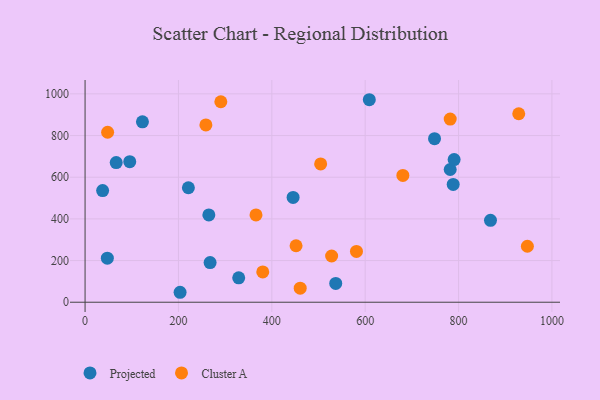
{"axis": {"x": "Engine Size", "y": "Exam Score"}, "legend": ["Cluster A", "Projected"], "data": [{"x": "788.5", "y": 565.6, "type": "Projected"}, {"x": "748.5", "y": 785.1, "type": "Projected"}, {"x": "122.9", "y": 866.1, "type": "Projected"}, {"x": "536.9", "y": 90.5, "type": "Projected"}, {"x": "329.1", "y": 117.1, "type": "Projected"}, {"x": "265.1", "y": 419.0, "type": "Projected"}, {"x": "608.8", "y": 972.0, "type": "Projected"}, {"x": "66.7", "y": 670.3, "type": "Projected"}, {"x": "267.8", "y": 190.4, "type": "Projected"}, {"x": "221.3", "y": 549.5, "type": "Projected"}, {"x": "47.7", "y": 211.3, "type": "Projected"}, {"x": "37.6", "y": 536.0, "type": "Projected"}, {"x": "445.6", "y": 503.2, "type": "Projected"}, {"x": "782.1", "y": 637.2, "type": "Projected"}, {"x": "203.5", "y": 47.8, "type": "Projected"}, {"x": "868.4", "y": 393.3, "type": "Projected"}, {"x": "95.7", "y": 674.6, "type": "Projected"}, {"x": "790.5", "y": 684.9, "type": "Projected"}, {"x": "782.1", "y": 879.0, "type": "Cluster A"}, {"x": "380.6", "y": 145.4, "type": "Cluster A"}, {"x": "504.6", "y": 663.9, "type": "Cluster A"}, {"x": "48.3", "y": 816.0, "type": "Cluster A"}, {"x": "581.3", "y": 243.8, "type": "Cluster A"}, {"x": "947.4", "y": 268.6, "type": "Cluster A"}, {"x": "290.8", "y": 962.4, "type": "Cluster A"}, {"x": "460.8", "y": 67.3, "type": "Cluster A"}, {"x": "258.8", "y": 851.1, "type": "Cluster A"}, {"x": "680.7", "y": 608.5, "type": "Cluster A"}, {"x": "928.9", "y": 904.6, "type": "Cluster A"}, {"x": "451.9", "y": 271.0, "type": "Cluster A"}, {"x": "366.1", "y": 419.1, "type": "Cluster A"}, {"x": "528.1", "y": 221.9, "type": "Cluster A"}]}